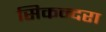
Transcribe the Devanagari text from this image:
सिकन्‍दरा